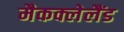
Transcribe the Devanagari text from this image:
मैकक्लेलैंड